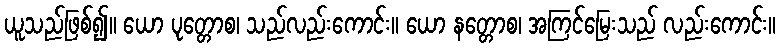
ယူသည်ဖြစ်၍။ ယော ပုတ္တောစ၊ သည်လည်းကောင်း။ ယော နတ္တောစ၊ အကြင်မြေးသည် လည်းကောင်း။